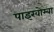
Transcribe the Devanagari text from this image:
पाइखोम्बा